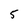
Character: 5